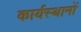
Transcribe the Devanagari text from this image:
कार्यस्थानों